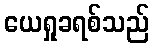
ယေရှုခရစ်သည်